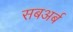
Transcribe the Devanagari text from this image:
सबअर्ब